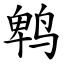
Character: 鹎